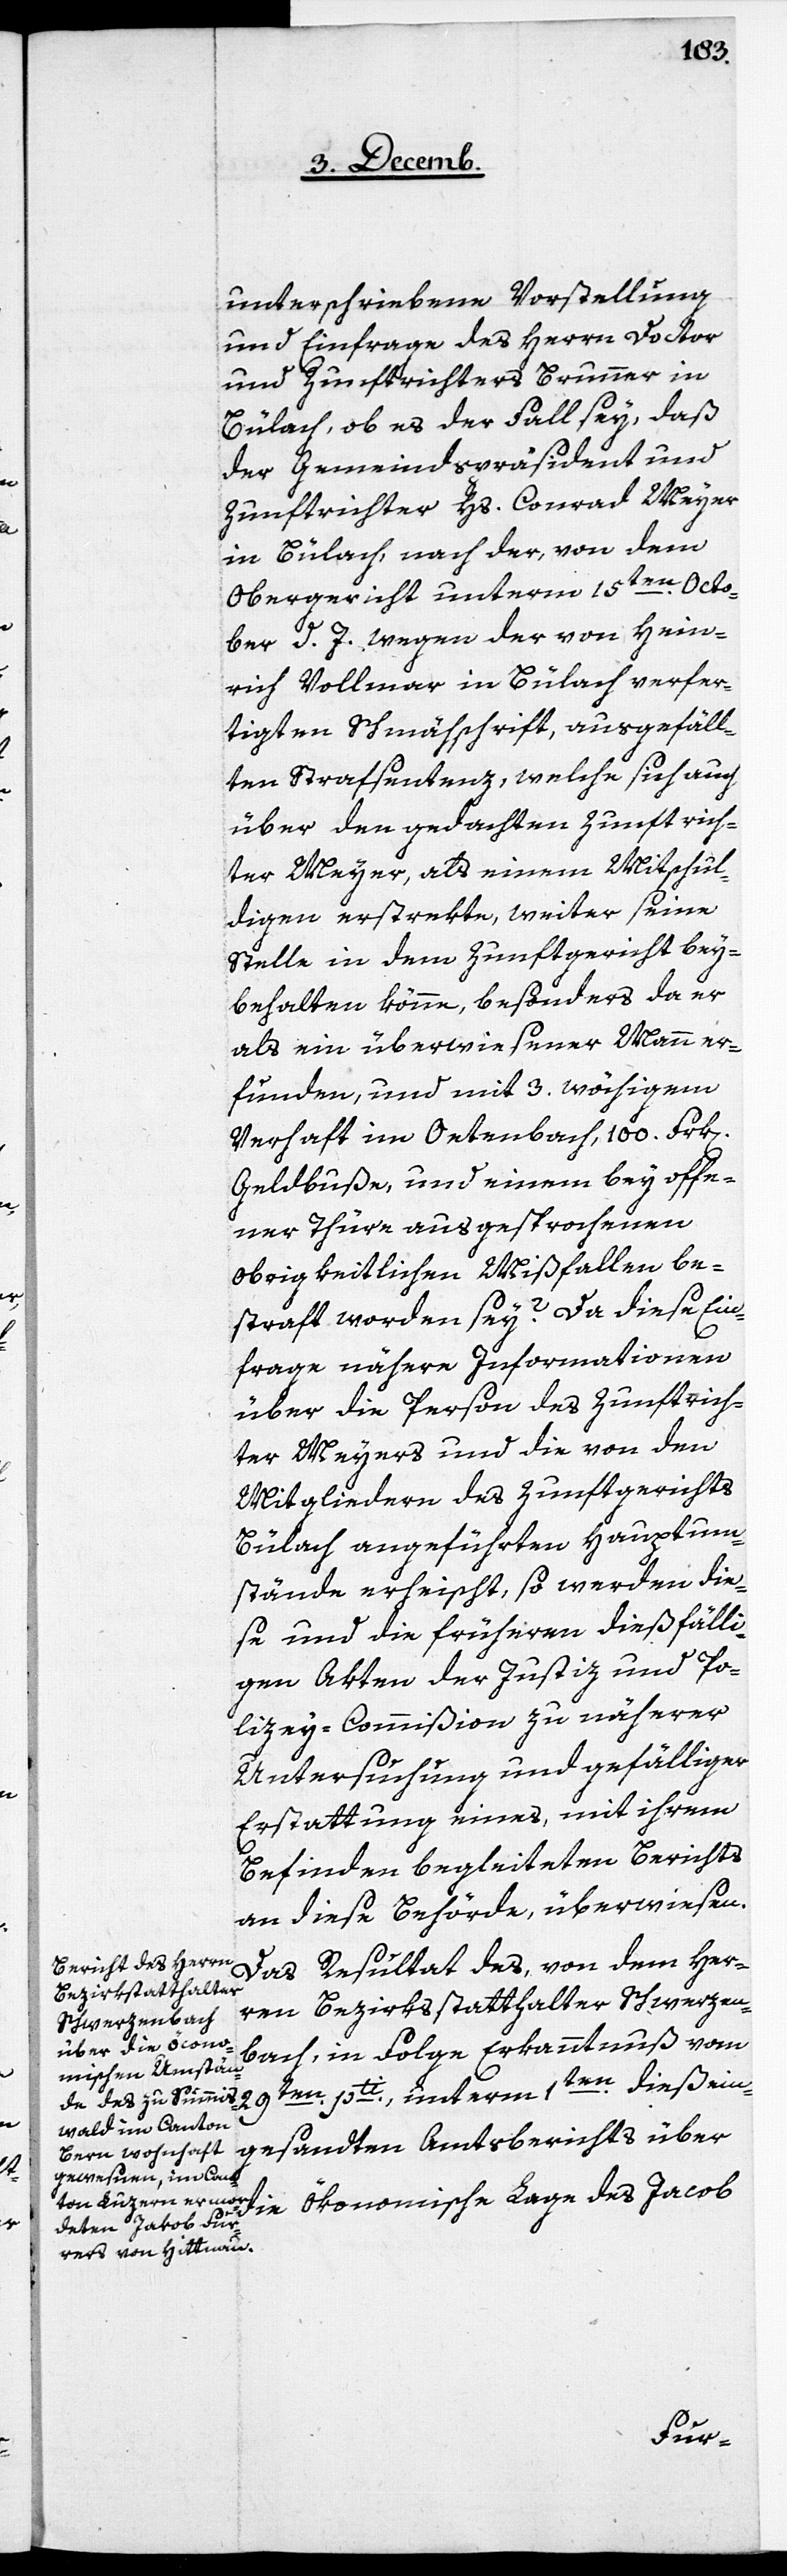
unterschriebene Vorstellung
und Einfrage des Herrn Doctor
und Zunftrichters Brunner in
Bülach, ob es der Fall sey, daß
der Gemeindspräsident und
Zunftrichter Hs. Conrad Meyer
in Bülach, nach der, von dem
Obergericht unterm 15ten. Octo¬
ber d. J. wegen der von Hein¬
rich Vollmar in Bülach verfer¬
tigten Schmähschrift, ausgefäll¬
ten Strafsentenz, welche sich auch
über den gedachten Zunftrich¬
ter Meyer, als einem Mitschul¬
digen erstrekte, weiter seine
Stelle in dem Zunftgericht bey¬
behalten könne, besonders da er
als ein überwiesener Mann er¬
funden und mit 3. wöchigem
Verhaft im Oetenbach, 100. Frk[en]
Geldbuße, und einem bey offe¬
ner Thüre ausgesprochenen
obrigkeitlichen Mißfallen be¬
straft worden sey? Da diese Ein¬
frage nähere Informationen
über die Person des Zunftrich¬
ter Meyers und die von den
Mitgliedern des Zunftgerichts
Bülach angeführten Hauptum¬
stände erheischt, so werden die¬
se und die früheren dießfälli¬
gen Akten der Justiz[-] und Po¬
lizey-Commißion zu näherer
Untersuchung und gefälliger
Erstattung eines, mit ihrem
Befinden begleiteten Berichts
an diese Behörde, überwiesen.
Das Resultat des, von dem Her¬
ren Bezirksstatthalter Schwerzen¬
bach, in Folge Erkanntnuß vom
29ten. pti, unterm 1ten. dieß ein¬
gesandten Amtsbericht über
ökonomische Lage des Jacob
die